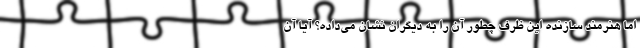
اما هنرمند سازنده این ظرف چطور آن را به دیگران نشان می‌داده؟ آیا آن